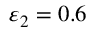
\varepsilon _ { 2 } = 0 . 6